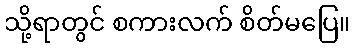
သို့ရာတွင် စကားလက် စိတ်မပြေ။